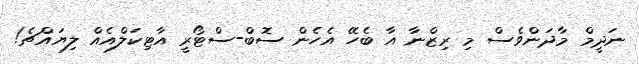
ނަދީމް މާދަންވެސް މި ރިޒްނާ އާ ބެހޭ އެހެން ސޮބް-ސްޓޯރީ އާޓިކަލްއެއް ލިޔައްޗެ!